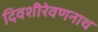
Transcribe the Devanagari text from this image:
दिवशीरेवणनाथ